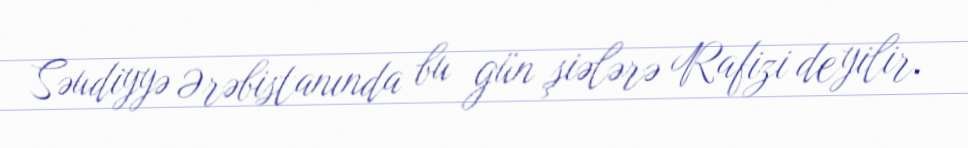
Səudiyyə Ərəbistanında bu gün şiələrə Rafizi deyilir.